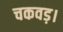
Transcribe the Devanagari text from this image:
चकवड़।